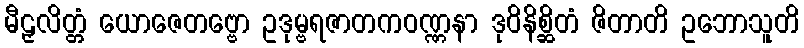
မီဠှလိတ္တံ ယောဇေတဗ္ဗော ဥဒုမ္ဗရဇာတကဝဏ္ဏနာ ဒုဝိနိစ္ဆိတံ ဇိတာတိ ဥဘောသူတိ